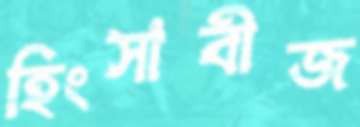
হিংসাবীজ